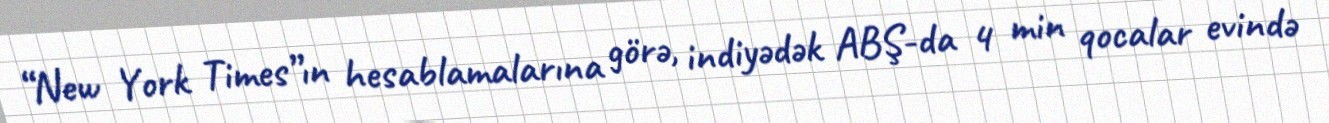
“New York Times”ın hesablamalarına görə, indiyədək ABŞ-da 4 min qocalar evində